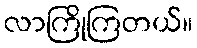
လာကြိုကြတယ်။